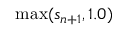
\operatorname* { m a x } ( s _ { n + 1 } , 1 . 0 )